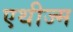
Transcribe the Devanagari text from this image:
एथीज्म